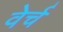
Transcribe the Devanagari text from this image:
वेर्च